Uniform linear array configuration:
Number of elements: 24
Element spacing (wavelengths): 1
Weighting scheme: cosine
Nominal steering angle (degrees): -30
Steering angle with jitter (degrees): -30.721
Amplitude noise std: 0.05
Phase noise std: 0.05

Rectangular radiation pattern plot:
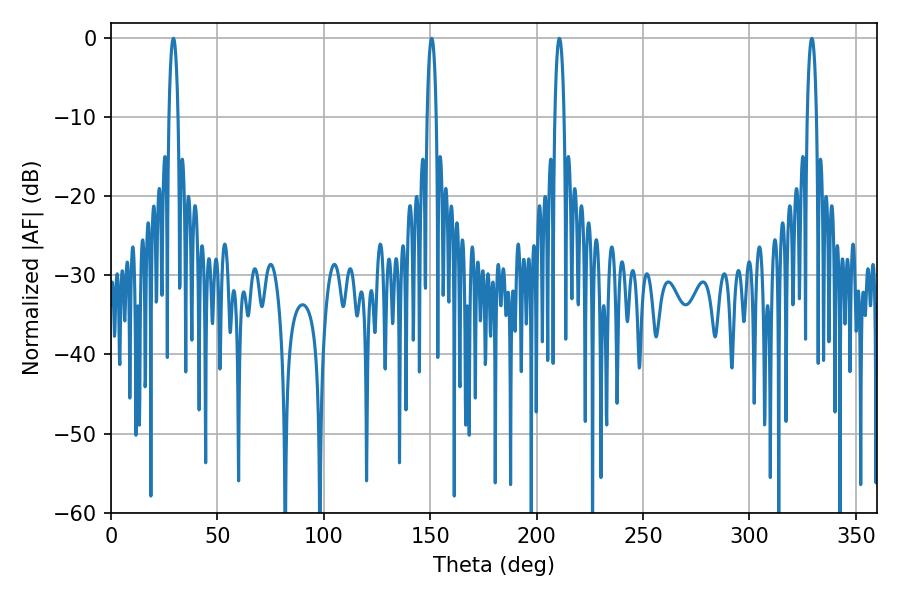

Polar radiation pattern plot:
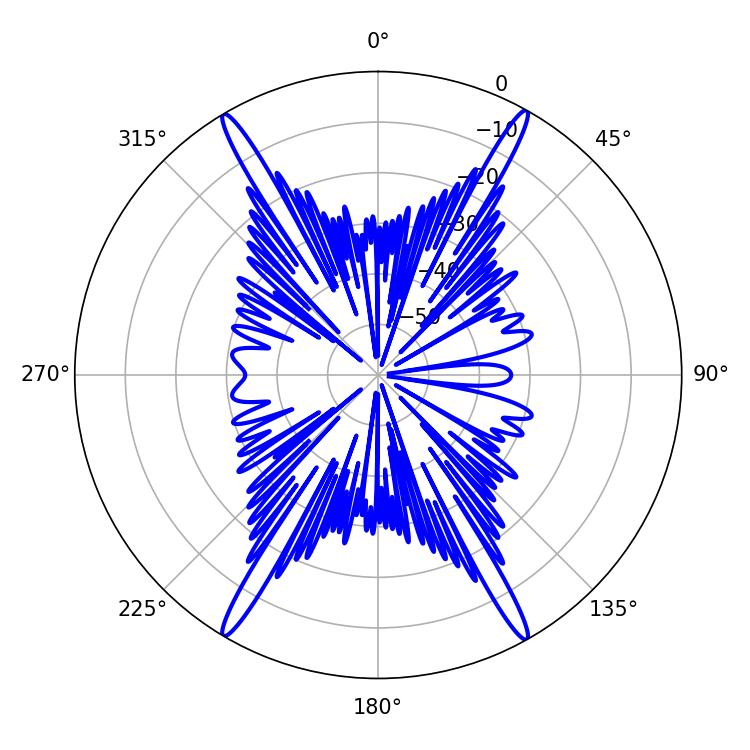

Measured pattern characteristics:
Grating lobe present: TRUE
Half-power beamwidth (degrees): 2.52
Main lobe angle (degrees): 29.34